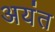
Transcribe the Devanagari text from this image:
अयंत